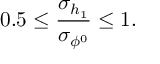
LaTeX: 0 . 5 \le { \frac { \sigma _ { h _ { 1 } } } { \sigma _ { \phi ^ { 0 } } } } \le 1 .